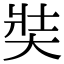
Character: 奘